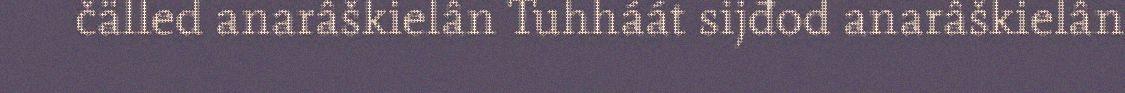
čälled anarâškielân Tuhháát sijđod anarâškielân